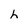
Character: h